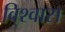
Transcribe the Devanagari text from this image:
वि्श्वास